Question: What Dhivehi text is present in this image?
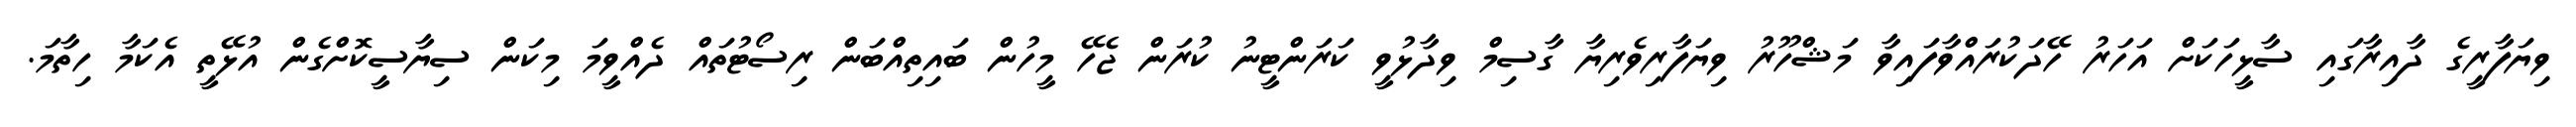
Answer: ވިޔަފާރީގެ ދާއިރާގައި ސާޅީހަކަށް އަހަރު ހޭދަކުރައްވާފައިވާ މަޝްހޫރު ވިޔަފާރިވެރިޔާ ގާސިމް ވިދާޅުވީ ކަރަންޓީނު ކުރަން ޖެހޭ މީހުން ބައިތިއްބަން ރިސޯޓުތައް ދެއްވީމަ މިކަން ސިޔާސީކޮށްގެން އުޅޭތީ އެކަމާ ހިތާމަ.